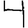
Digit: 4